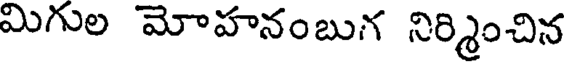
మిగుల మోహనంబుగ నిర్మించిన